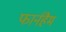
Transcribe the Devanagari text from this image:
फार्नहैम